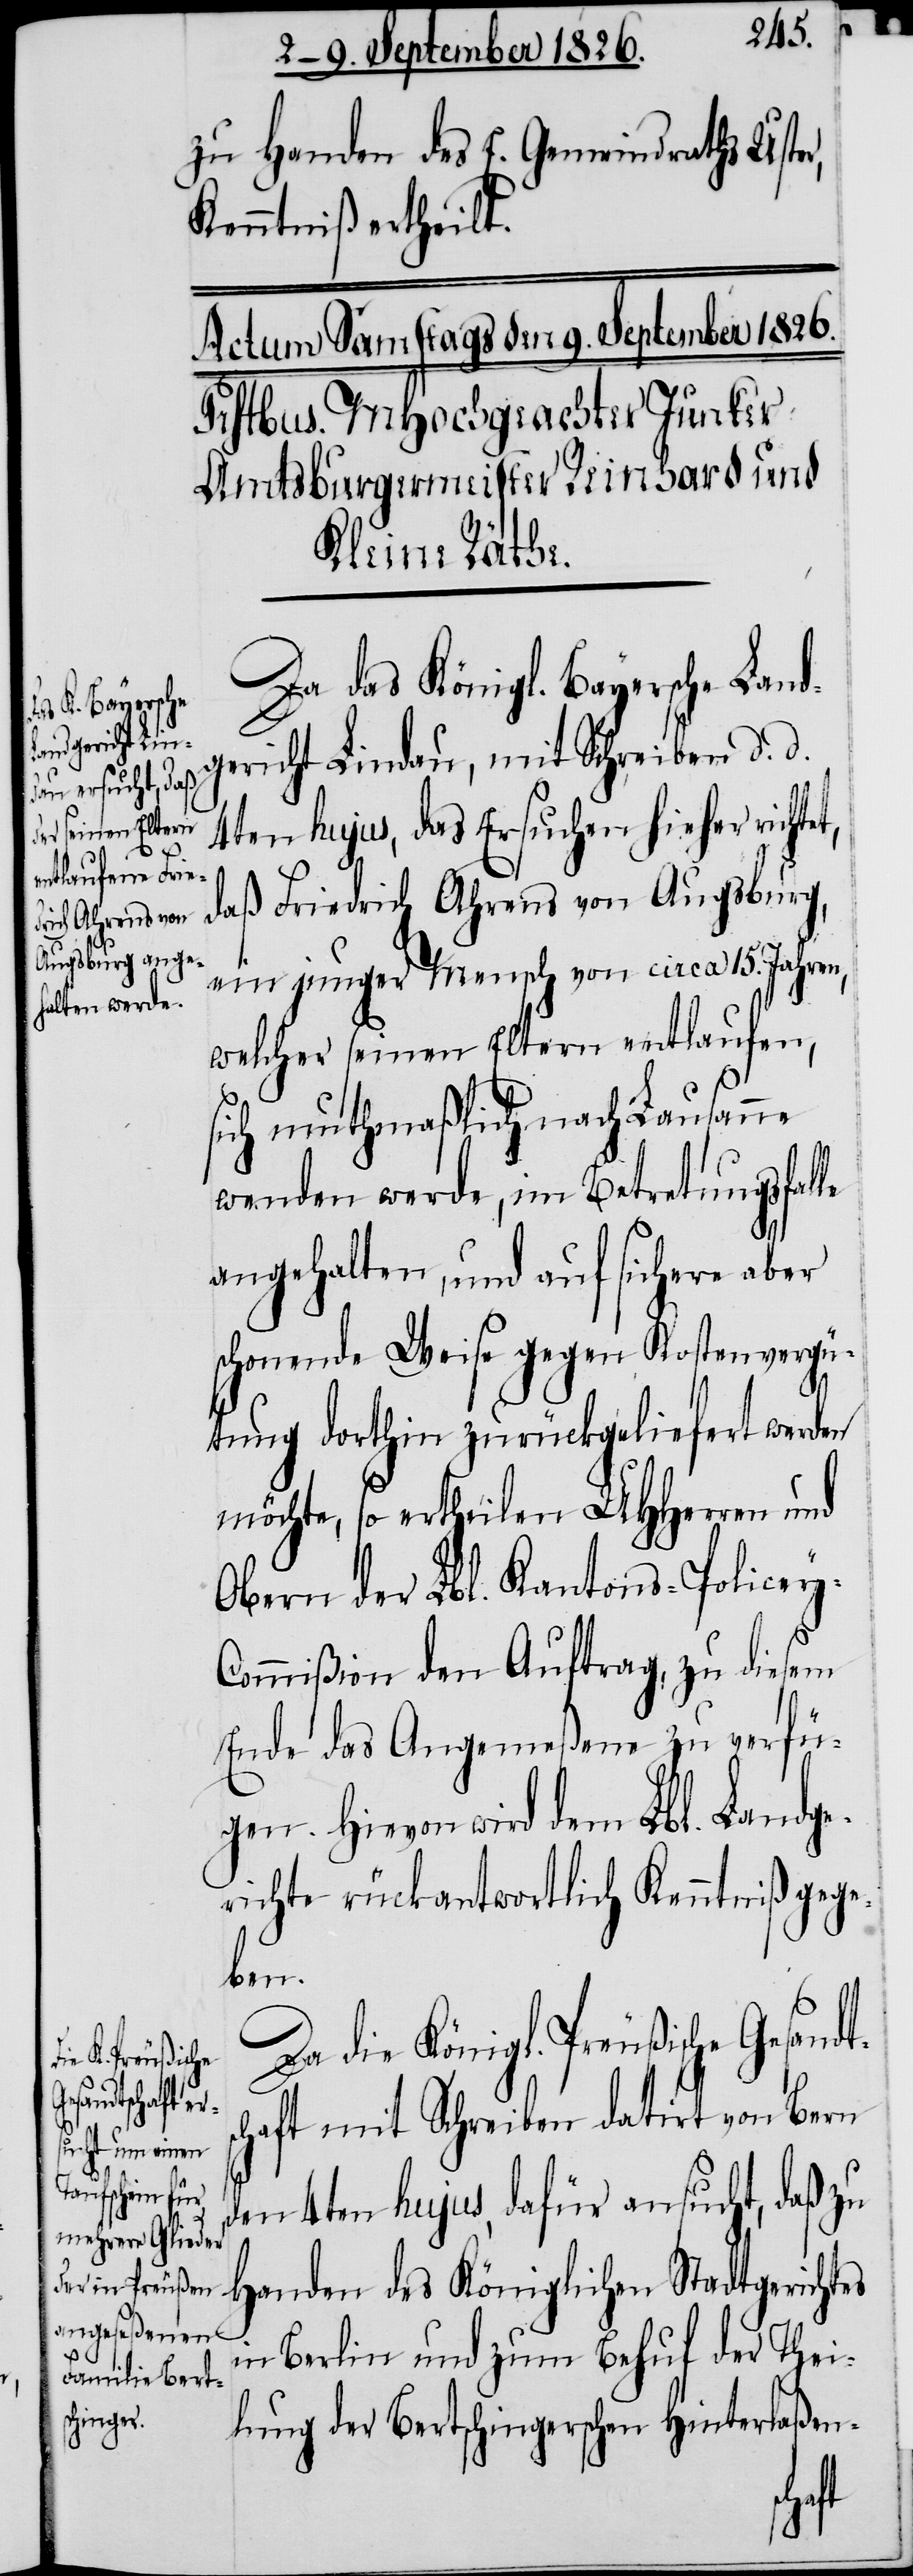
zu Handen des E. Gemeindraths Uster,
Kenntniß ertheilt.
Da das Königl. Bayersche Land¬
gericht Lindau, mit Schreiben d. d.
4ten hujus, das Ersuchen hieher richtet,
daß Friedrich Ahrens von Augsburg,
ein junger Mensch von circa 15. Jahren,
welcher seinen Eltern entlaufen,
sich muthmaßlich nach Lausanne
wenden werde, im Betretungsfalle
angehalten und auf sichere aber
schonende Weise gegen Kostenvergü¬
tung dorthin zurückgeliefert werden
möchte, so ertheilen MHHerren und
Obern der Lbl. Kantons-Policey-C¬
ommißion den Auftrag, zu diesem
Ende das Angemeßene zu verfü¬
gen. Hievon wird dem Lbl. Landge¬
richte rückantwortlich Kenntniß gege¬
ben.
Da die Königl. Preußische Gesand¬
chaft mit Schreiben datirt von Bern
den 4ten hujus, dafür ansucht, daß zu
Handen des Königlichen Stadtgerichtes
in Berlin und zum Behuf der Thei¬
lung der Bertschingerschen Hinterlaßen-
ts¬